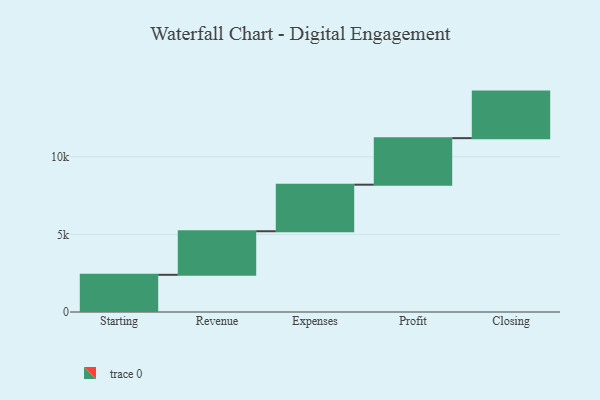
{"axis": {"x": "Step", "y": "Value"}, "legend": [""], "data": [{"x": "Starting", "y": 2397.0, "type": ""}, {"x": "Revenue", "y": 2808.0, "type": ""}, {"x": "Expenses", "y": 3000, "type": ""}, {"x": "Profit", "y": 3000, "type": ""}, {"x": "Closing", "y": 3000, "type": ""}]}